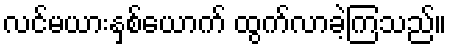
လင်မယားနှစ်ယောက် ထွက်လာခဲ့ကြသည်။